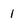
Character: 1